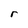
Character: r